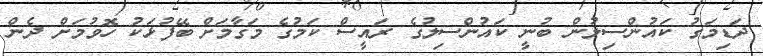
ދަޑިމަގު ކައުންސިލުން ބުނީ ކައުންސިލުގެ ރައީސް ކަމުގެ މަގާމަށް ބޭފުޅަކު ހޮވުމަށް ދެން